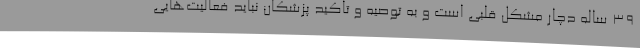
۳۹ ساله دچار مشکل قلبی است و به توصیه و تاکید پزشکان نباید فعالیت‌هایی